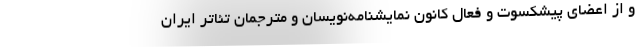
و از اعضای پیشکسوت و فعال کانون نمایشنامه‌نویسان و مترجمان تئاتر ایران